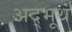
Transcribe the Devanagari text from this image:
अद्भूथं